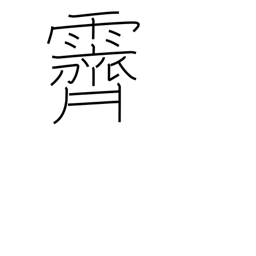
Meaning: clear up